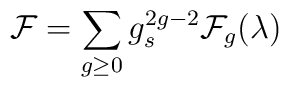
{\cal F}= \sum_{g\geq 0} g_{s}^{2g-2} {\cal F}_{g}(\lambda)